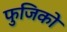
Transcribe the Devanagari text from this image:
फुजिको